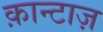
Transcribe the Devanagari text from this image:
क़ान्टाज़